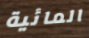
المائية